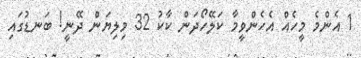
1 އެންމެ މީހެއް އެހެންވީމާ ކަލޭހޯދަން ކާކު 32 މިލިޔަން ދޭނީ! ބަނޑުގައި